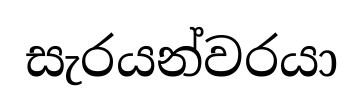
සැරයන්වරයා